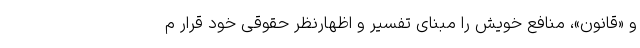
و «قانون»، منافع خویش را مبنای تفسیر و اظهار‌نظر حقوقی خود قرار م